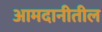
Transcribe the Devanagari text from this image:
आमदानीतील